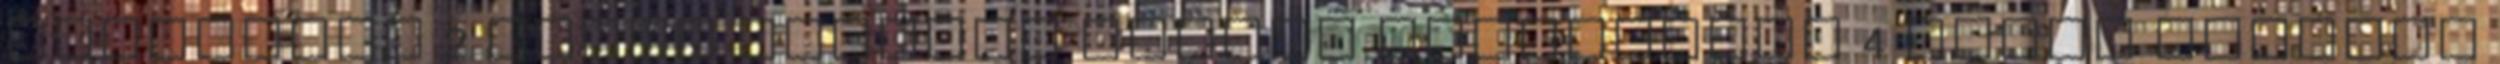
BravoTube 2 évvel ezelőtt talpra TheNewPorn 4 évvel ezelőtt